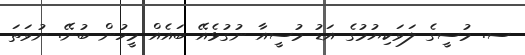
ސ. މުސީގެ ލަވަކިޔުމުގެ އަޑު މުސީއާ ނުގުޅެއޭ ބައެއް މީހުން ބުނޭ. ނުވަތަ